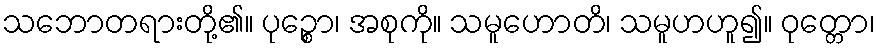
သဘောတရားတို့၏။ ပုဉ္စော၊ အစုကို။ သမူဟောတိ၊ သမူဟဟူ၍။ ဝုတ္တော၊